Civil Veterinary Department Bengal reports 1933-51 - 1933-1951
Year: 1933
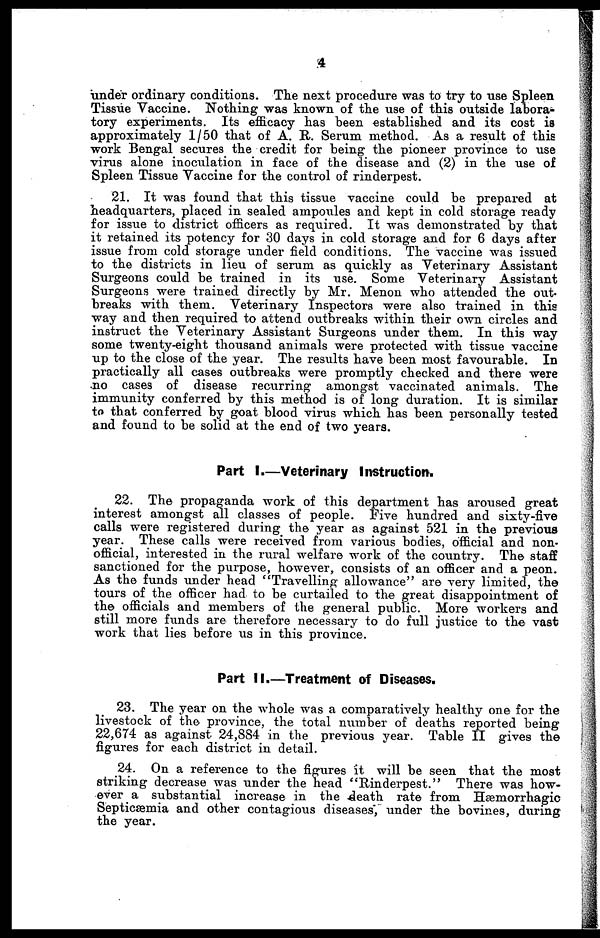
4
under ordinary conditions. The next procedure was to try to use Spleen
Tissue Vaccine. Nothing was known of the use of this outside labora-
tory experiments. Its efficacy has been established and its cost is
approximately 1/50 that of A. R. Serum method. As a result of this
work Bengal secures the credit for being the pioneer province to use
virus alone inoculation in face of the disease and (2) in the use of
Spleen Tissue Vaccine for the control of rinderpest.
21. It was found that this tissue vaccine could be prepared at
headquarters, placed in sealed ampoules and kept in cold storage ready
for issue to district officers as required. It was demonstrated by that
it retained its potency for 30 days in cold storage and for 6 days after
issue from cold storage under field conditions. The vaccine was issued
to the districts in lieu of serum as quickly as Veterinary Assistant
Surgeons could be trained in its use. Some Veterinary Assistant
Surgeons were trained directly by Mr. Menon who attended the out-
breaks with them. Veterinary Inspectors were also trained in this
way and then required to attend outbreaks within their own circles and
instruct the Veterinary Assistant Surgeons under them. In this way
some twenty-eight thousand animals were protected with tissue vaccine
up to the close of the year. The results have been most favourable. In
practically all cases outbreaks were promptly checked and there were
no cases of disease recurring amongst vaccinated animals. The
immunity conferred by this method is of long duration. It is similar
to that conferred by goat blood virus which has been personally tested
and found to be solid at the end of two years.
Part I.—Veterinary Instruction.
22. The propaganda work of this department has aroused great
interest amongst all classes of people. Five hundred and sixty-five
calls were registered during the year as against 521 in the previous
year. These calls were received from various bodies, official and non-
official, interested in the rural welfare work of the country. The staff
sanctioned for the purpose, however, consists of an officer and a peon.
As the funds under head "Travelling allowance" are very limited, the
tours of the officer had to be curtailed to the great disappointment of
the officials and members of the general public. More workers and
still more funds are therefore necessary to do full justice to the vast
work that lies before us in this province.
Part II.—Treatment of Diseases.
23. The year on the whole was a comparatively healthy one for the
livestock of the province, the total number of deaths reported being
22,674 as against 24,884 in the previous year. Table II gives the
figures for each district in detail.
24. On a reference to the figures it will be seen that the most
striking decrease was under the head "Rinderpest." There was how-
ever a substantial increase in the death rate from Hæmorrhagic
Septicæmia and other contagious diseases, under the bovines, during
the year.